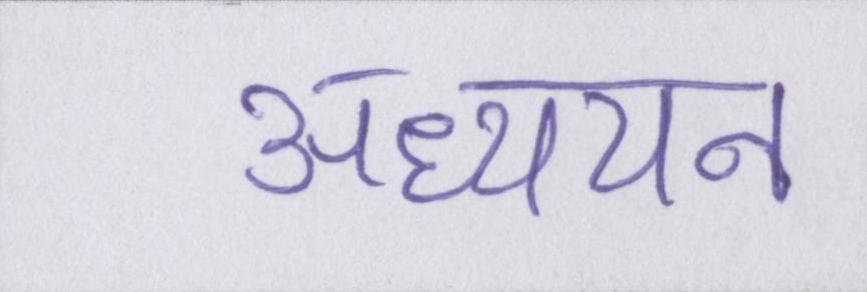
अध्ययन